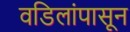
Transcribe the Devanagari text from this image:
वडिलांपासून